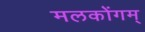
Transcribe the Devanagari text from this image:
मलकोंगम्